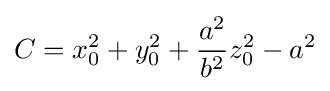
C=x_{0}^{2}+y_{0}^{2}+{\frac {a^{2}}{b^{2}}}z_{0}^{2}-a^{2}